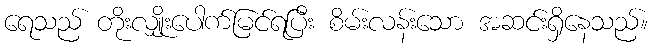
ရေသည် တိုးလျှိုးပေါက်မြင်ရပြီး စိမ်းလန်းသော အဆင်းရှိနေသည်။